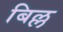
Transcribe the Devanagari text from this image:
बिल्ल